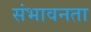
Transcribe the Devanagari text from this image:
संभावनता